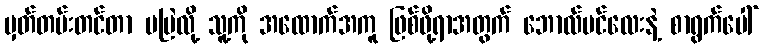
မှတ်တမ်းတင်တာ မမြဲလို့ သူ့ကို အထောက်အကူ ဖြစ်ဖို့ရာအတွက် ဘောလ်ပင်လေးနဲ့ စာရွက်ပေါ်